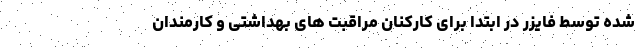
شده توسط فایزر در ابتدا برای کارکنان مراقبت های بهداشتی و کارمندان